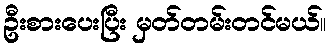
ဦးစားပေးပြီး မှတ်တမ်းတင်မယ်။